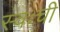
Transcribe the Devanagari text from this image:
स्वःची